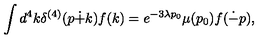
\int d ^ { 4 } k \delta ^ { ( 4 ) } ( p \dot { + } k ) f ( k ) = e ^ { - 3 \lambda p _ { 0 } } \mu ( p _ { 0 } ) f ( \dot { - } p ) ,